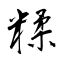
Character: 糅